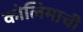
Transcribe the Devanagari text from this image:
कोलिमाची